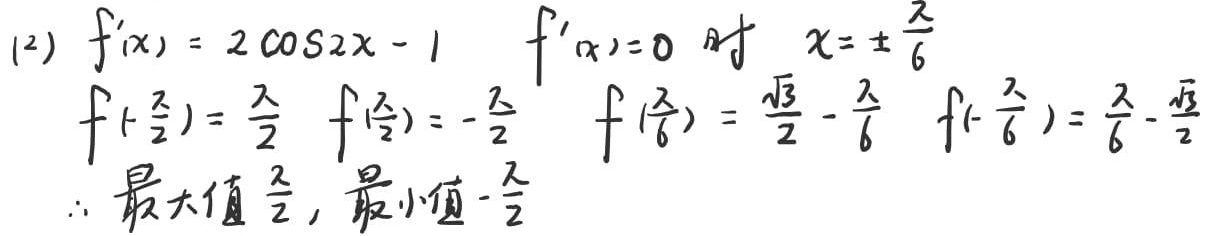
(12) $f'(x)=2\cos2x - 1$, $f'(x)=0$ 时 $x = \pm\frac{\pi}{6}$
$f(-\frac{\pi}{2})=\frac{\pi}{2}$, $f(\frac{\pi}{2})=-\frac{\pi}{2}$, $f(\frac{\pi}{6})=\frac{\sqrt{3}}{2}-\frac{\pi}{6}$, $f(-\frac{\pi}{6})=\frac{\pi}{6}-\frac{\sqrt{3}}{2}$
$\therefore$ 最大值 $\frac{\pi}{2}$, 最小值 $-\frac{\pi}{2}$